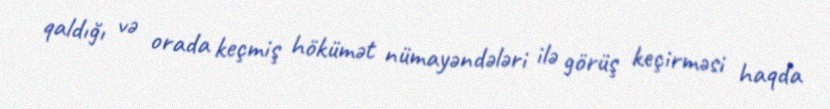
qaldığı və orada keçmiş hökümət nümayəndələri ilə görüş keçirməsi haqda